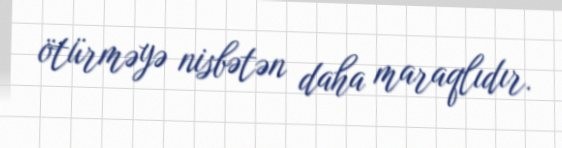
ötürməyə nisbətən daha maraqlıdır.